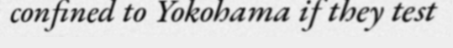
confined to Yokohama if they test